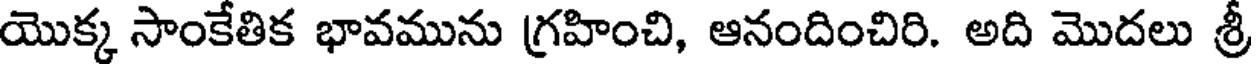
యొక్క సాంకేతిక భావమును గ్రహించి, ఆనందించిరి. అది మొదలు శ్రీ